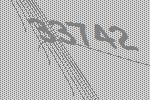
33742